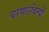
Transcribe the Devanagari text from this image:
चरणारविन्दों